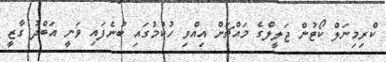
ކްރިމިނަލް ކޯޓުން ޖަލީލްގެ މައްޗަށް އިއްވި ހުކުމުގައި ބުނެފައި ވަނީ އަބްދު ގާޒީ